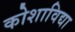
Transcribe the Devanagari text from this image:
कोशाविद्या